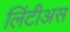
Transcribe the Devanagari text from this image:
लिंटीअस